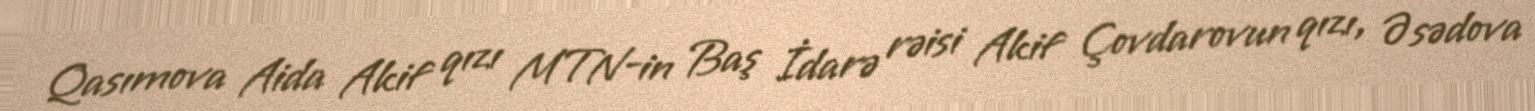
Qasımova Aida Akif qızı MTN-in Baş İdarə rəisi Akif Çovdarovun qızı, Əsədova